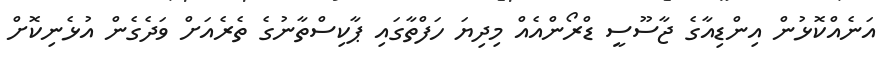
އަނެއްކޮޅުން އިންޑިއާގެ ޖާސޫސީ ޑްރޯންއެއް މިދިޔަ ހަފްތާގައި ޕާކިސްތާނުގެ ތެރެއަށް ވަދެގެން އުޅެނިކޮށް